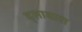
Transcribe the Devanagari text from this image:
द्सावारा